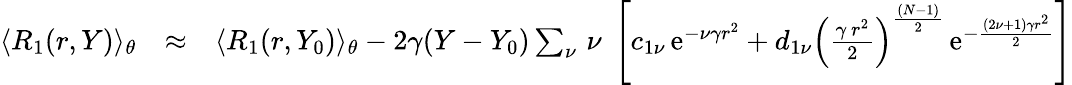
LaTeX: \begin{array}{rlr}{\langle R_{1}(r,Y)\rangle_{\theta}}&{\approx}&{\langle R_{1}(r,Y_{0})\rangle_{\theta}-2\gamma(Y-Y_{0})\sum_{\nu}\, \nu\; \left[c_{1\nu}\, \mathrm{e}^{-\nu\gamma r^{2}}+d_{1\nu}\left({\frac{\gamma\, r^{2}}{2}}\right)^{\frac{(N-1)}{2}}\, \mathrm{e}^{-\frac{(2\nu+1)\gamma r^{2}}{2}}\right]}\end{array}